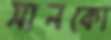
সানকো